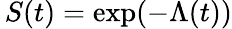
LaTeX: \, S(t)=\exp(-\Lambda(t))